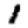
Digit: 1